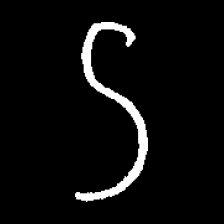
Pyu character \u2014 Myanmar letter: ဌ (romanized: ttha)